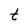
Character: t